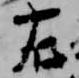
右